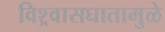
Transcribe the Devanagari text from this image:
विश्र्वासघातामुळे